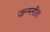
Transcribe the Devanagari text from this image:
जन्मगीत